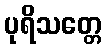
ပုရိသတ္တေ